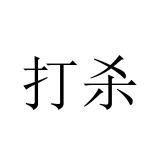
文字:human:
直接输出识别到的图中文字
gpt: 打杀